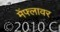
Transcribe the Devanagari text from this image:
मेंफ्लावर